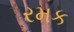
રમક